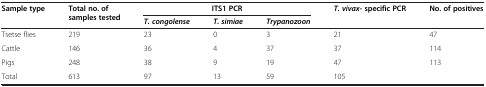
<table><thead><tr><td><b>Sample type</b></td><td><b>Total no. of samples tested</b></td><td colspan="3"><b>ITS1 PCR</b></td><td><b><i>T. vivax-</i>specific PCR</b></td><td><b>No. of positives</b></td></tr><tr><td><b> </b></td><td><b> </b></td><td><b><i>T. congolense</i></b></td><td><b><i>T. simiae</i></b></td><td><b><i>Trypanozoon</i></b></td><td><b> </b></td><td><b> </b></td></tr></thead><tbody><tr><td>Tsetse flies</td><td>219</td><td>23</td><td>0</td><td>3</td><td>21</td><td>47</td></tr><tr><td>Cattle</td><td>146</td><td>36</td><td>4</td><td>37</td><td>37</td><td>114</td></tr><tr><td>Pigs</td><td>248</td><td>38</td><td>9</td><td>19</td><td>47</td><td>113</td></tr><tr><td>Total</td><td>613</td><td>97</td><td>13</td><td>59</td><td>105</td><td> </td></tr></tbody></table>